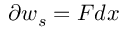
\partial w _ { s } = F d x